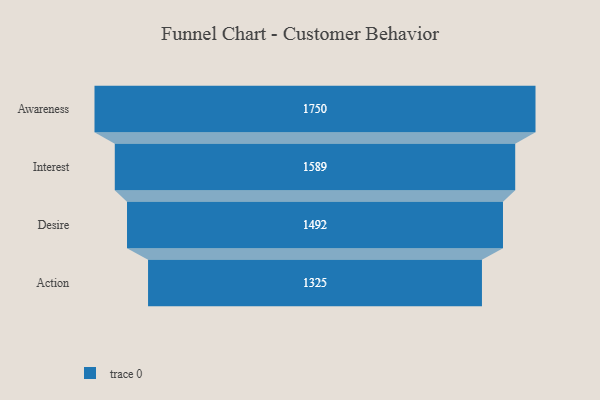
{"axis": {"x": "Stage", "y": "Value"}, "legend": [""], "data": [{"x": "Awareness", "y": 1750.0, "type": ""}, {"x": "Interest", "y": 1589.0, "type": ""}, {"x": "Desire", "y": 1492.0, "type": ""}, {"x": "Action", "y": 1325.0, "type": ""}]}